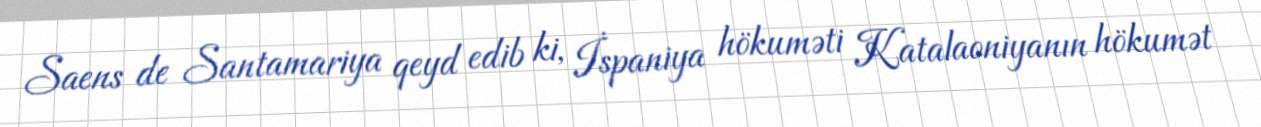
Saens de Santamariya qeyd edib ki, İspaniya hökuməti Katalaoniyanın hökumət